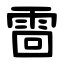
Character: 䨓